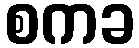
စကခ